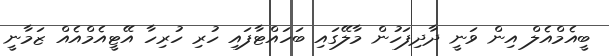
ބީއެމްއެލް އިން ވަނީ ދާދިފަހުން މާލޭގައި ބަހައްޓާފައި ހުރި ހުރިހާ އޭޓީއެމްއެއް ޒަމާނީ